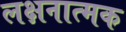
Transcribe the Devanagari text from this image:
लक्षनात्मक